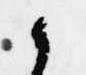
候